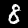
Digit: 8